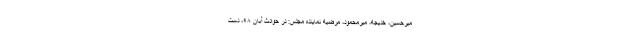
میرحسین، خدیجه، میرمحمود، مرضیه نماینده مجلس: در حوادث آبان ۹۸، دست